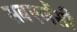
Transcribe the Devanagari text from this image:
सबएजेंसी